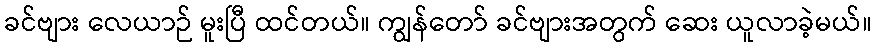
ခင်ဗျား လေယာဉ် မူးပြီ ထင်တယ်။ ကျွန်တော် ခင်ဗျားအတွက် ဆေး ယူလာခဲ့မယ်။